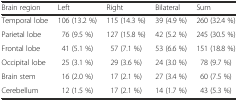
<table><thead><tr><td><b>Brain region</b></td><td><b>Left</b></td><td><b>Right</b></td><td><b>Bilateral</b></td><td><b>Sum</b></td></tr></thead><tbody><tr><td>Temporal lobe</td><td>106 (13.2 %)</td><td>115 (14.3 %)</td><td>39 (4.9 %)</td><td>260 (32.4 %)</td></tr><tr><td>Parietal lobe</td><td>76 (9.5 %)</td><td>127 (15.8 %)</td><td>42 (5.2 %)</td><td>245 (30.5 %)</td></tr><tr><td>Frontal lobe</td><td>41 (5.1 %)</td><td>57 (7.1 %)</td><td>53 (6.6 %)</td><td>151 (18.8 %)</td></tr><tr><td>Occipital lobe</td><td>25 (3.1 %)</td><td>29 (3.6 %)</td><td>24 (3.0 %)</td><td>78 (9.7 %)</td></tr><tr><td>Brain stem</td><td>16 (2.0 %)</td><td>17 (2.1 %)</td><td>27 (3.4 %)</td><td>60 (7.5 %)</td></tr><tr><td>Cerebellum</td><td>12 (1.5 %)</td><td>17 (2.1 %)</td><td>14 (1.7 %)</td><td>43 (5.3 %)</td></tr></tbody></table>